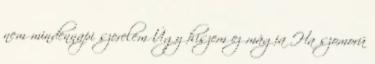
nem mindennapi szerelem Úgy hiszem ez mágia Ha szomorú